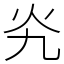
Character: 㶢